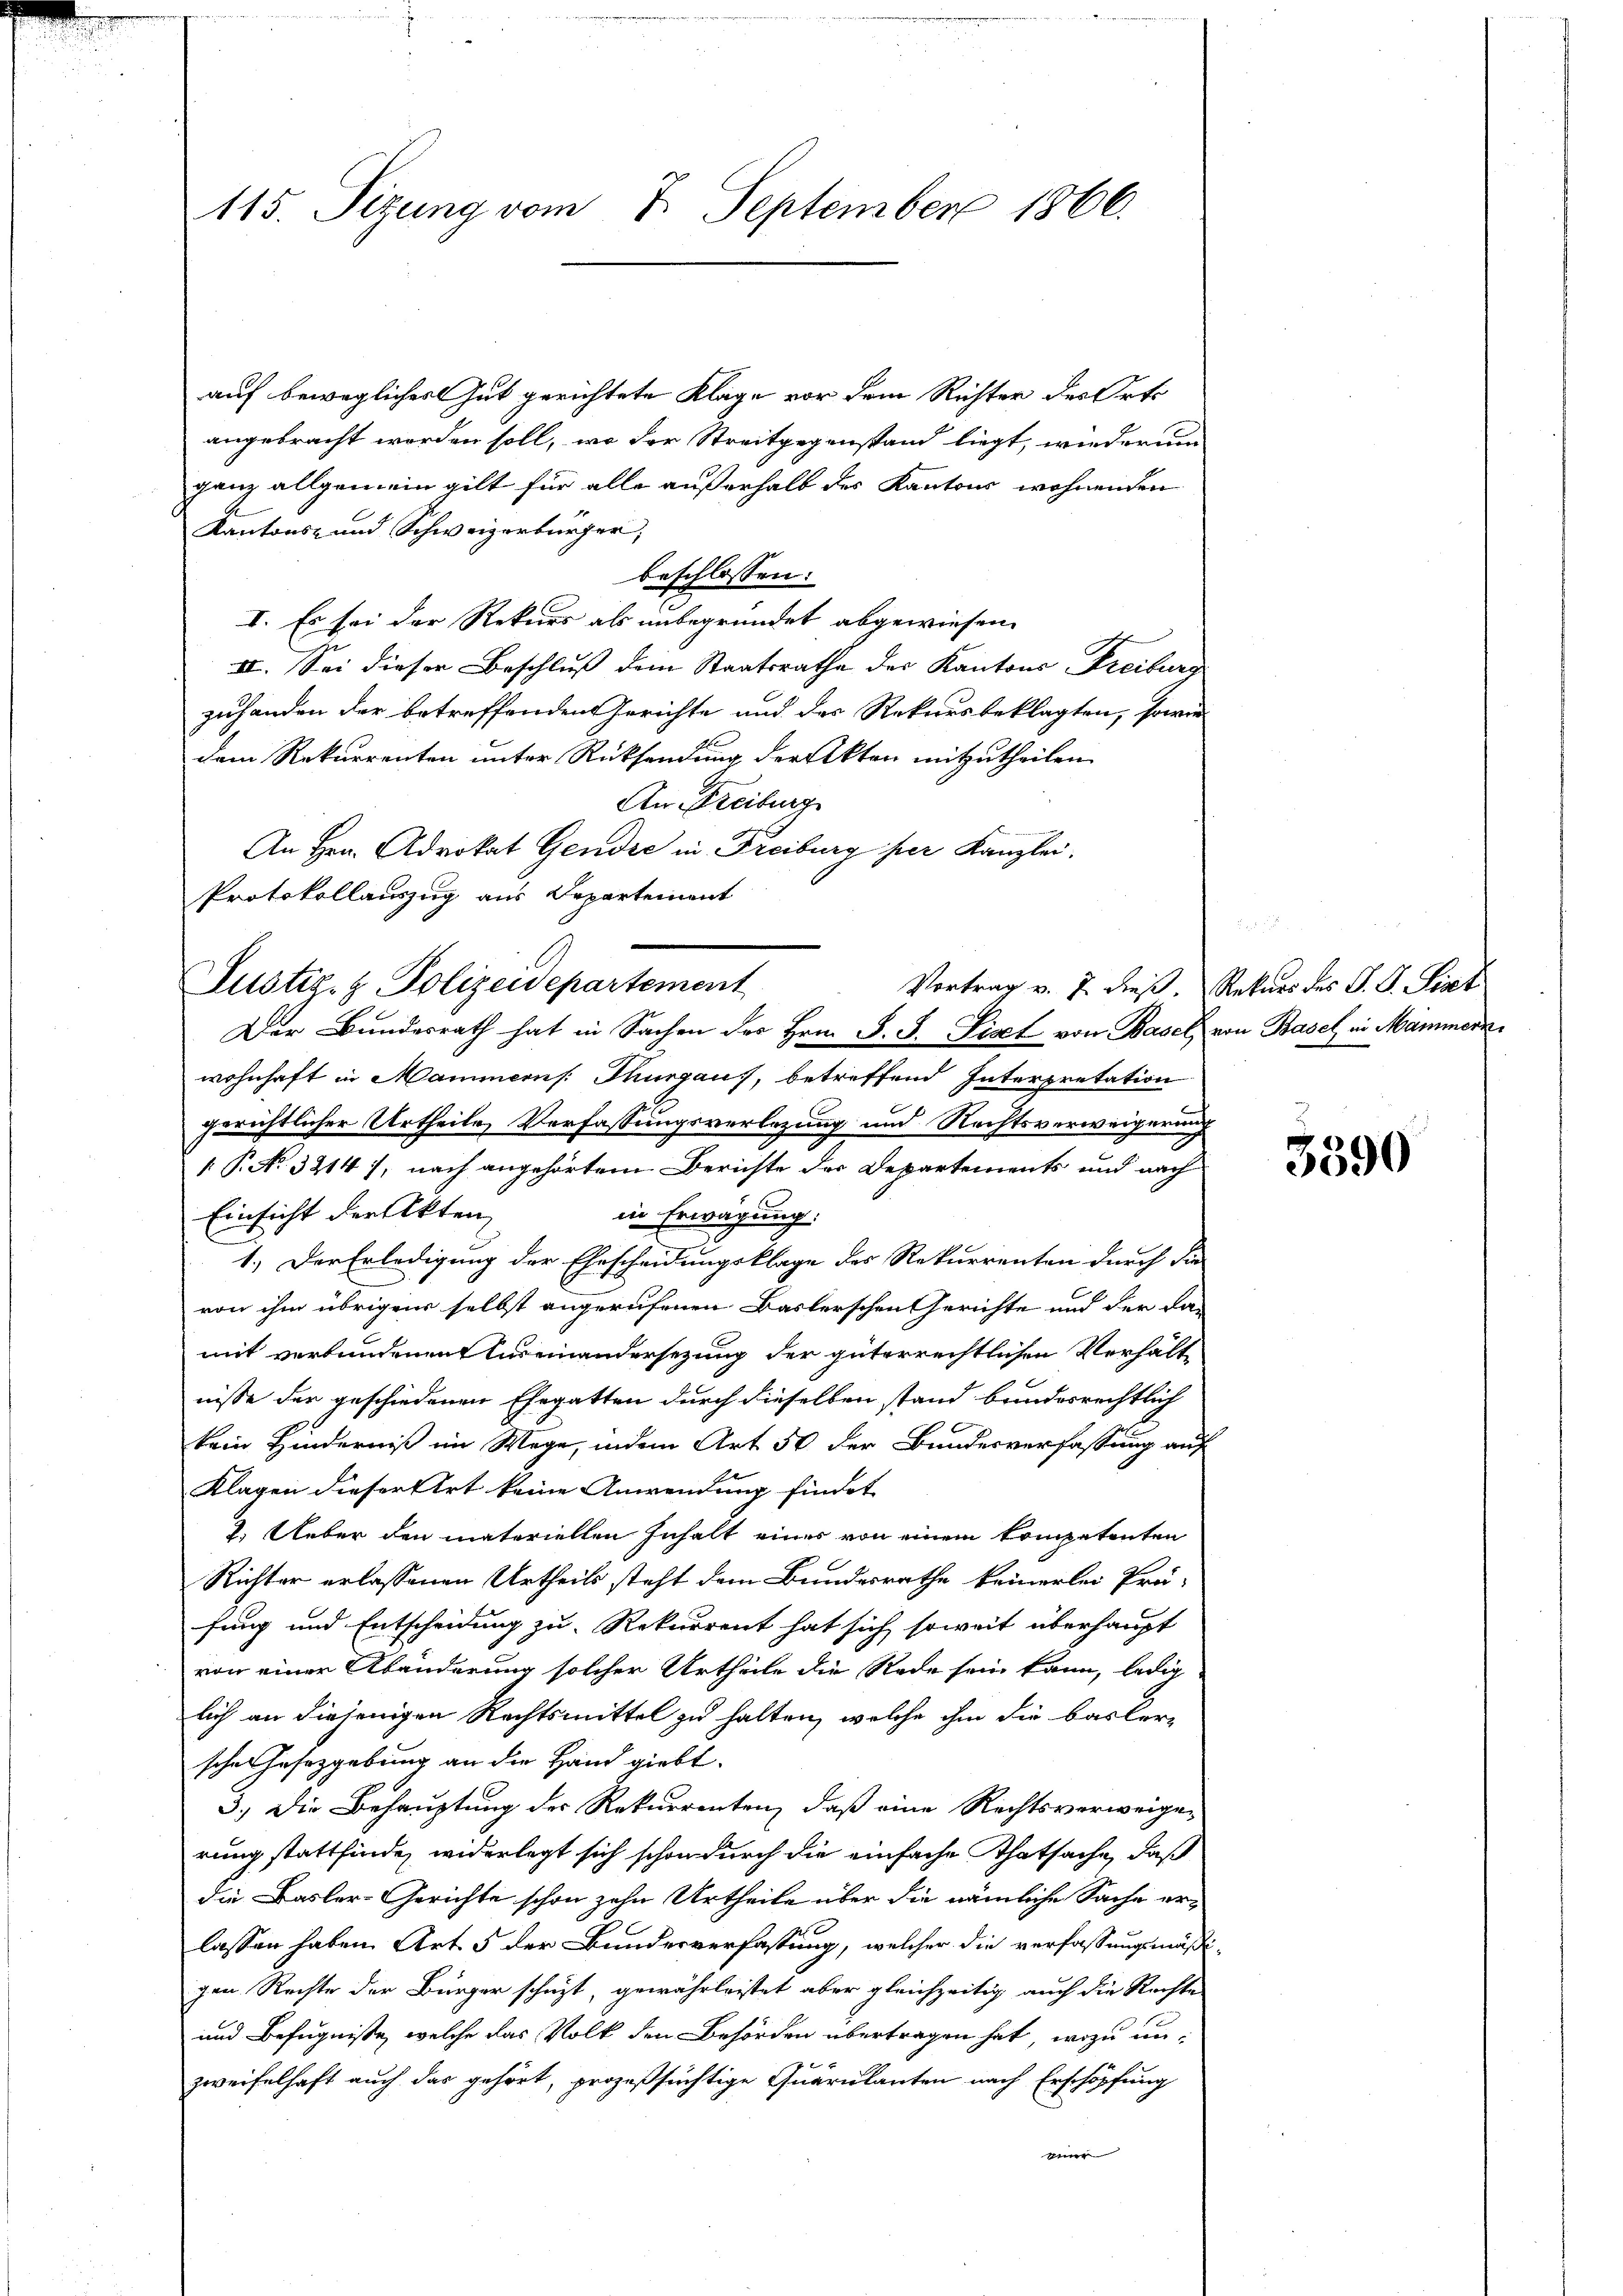
auf beweglicher Gut gerichtete Klage vor dem Richter des Orts
angebracht worden soll, wo der Streitgegenstand liegt, wiederum
ganz allgemein gilt für alle außerhalb des Kantons wohnenden
Kantons- und Schweizerbürger,
beschlossen:
I. Es sei der Rekurs als unbegründet abgewiesen.
II. Sei dieser Beschluß dem Staatsrathe des Kantons Freiburg
zuhanden der betreffenden Gerichte und der Rekursbeklagten, sowie
dem Rekurrenten unter Rücksendung der Akten mitzutheilen
An Freiburg
An Hrn. Advokat Gendre in Freiburg per Kanzlei.
Protokollauszug aus Departement
Der Bundesrath hat in Sachen des Hrn. F. J. List von Basel von Basel in Mämmern
wohnhaft in Mammern Thurgaus, betreffend Interpretation
gerichtlicher Urtheile, Verfassungsverlegung und Rechtsverweigerung
[P. Nr. 3214), nach angehörtem Berichte der Departements und nach
Einsicht der Akten
in Erwägung.
1.) Der Erledigung der Ehescheidungsklage des Rekurrenten durch die
von ihm übrigens selbst angerufenen Baslerschen Gerichte und der da-
mit verbundenen Auseinandersezung der güterrechtlichen Verhältnisse der geschiedenen Ehegatten durch dieselben stand bundesrechtlich
kein Hinderniß im Wege, indem Art. 50 der Bundesverfassung auf
Klagen dieser Art keine Anwendung findet
2. Ueber den materiellen Inhalt eines von einem kompetenten
Richter erlassenen Urtheils steht dem Bundesrathe keinerlei Prä-
fung und Entscheidung zu Rekurrent hat sich soweit überhaupt
von einer Abänderung solcher Urtheile die Rede sein kann, ledig
lich an diejenigen Rechtsmittel zu halten, welche ihm die basler-
sche Gesetzgebung an die Hand giebt.
3.) Die Behauptung der Rekurrenten, daß eine Rechtsverweigerung stattfinde, widerlegt sich schon durch die einfache Thatsache, daß
die Basler-Gerichte schon zehn Urtheile über die nämliche Sache erlassen haben. Art. 5 der Bundesverfassung, welcher die verfassungsmäßi-
gen Rechte der Bürger schuzt, gewährleistet aber gleichzeitig auch die Rechte
und Befugniße, welche das Volk den Behörden übertragen hat, wozu unzweifelhaft auch das gehört, prozeßsüchtige Quärulanten nach Erschöpfung
einr

115. Sizung vom 7. September 1866.

Justiz- & Polizeidepartement

Vortrag v. J. dieß. Rekurs des J. G. Sist

3390